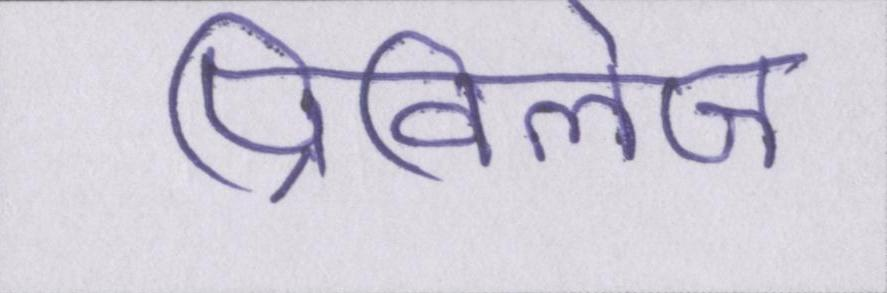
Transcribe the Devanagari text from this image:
प्रिविलेज